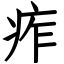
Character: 痄